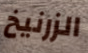
الزرنيخ